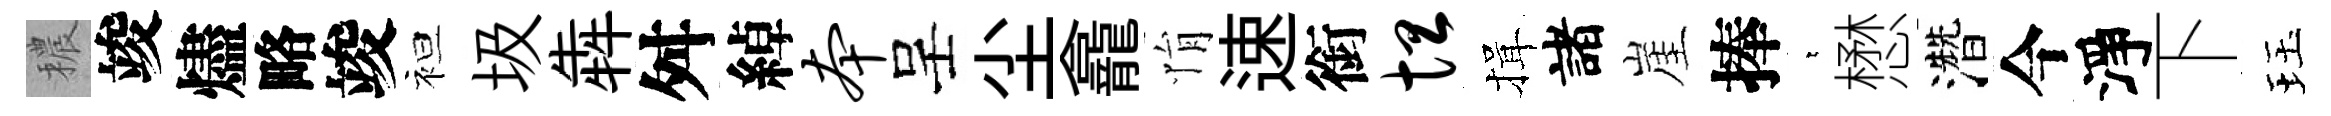
穠竣燼略竣袒圾犇舛綽本呈尘龕悁速銜坦揖諸崖捧萋懋濳今淨下珏